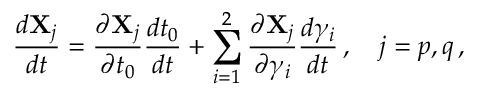
\frac { d { \bf X } _ { j } } { d t } = \frac { \partial { \bf X } _ { j } } { \partial t _ { 0 } } \frac { d t _ { 0 } } { d t } + \sum _ { i = 1 } ^ { 2 } \frac { \partial { \bf X } _ { j } } { \partial \gamma _ { i } } \frac { d \gamma _ { i } } { d t } \, , \quad j = p , q \, ,